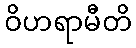
ဝိဟရာမီတိ